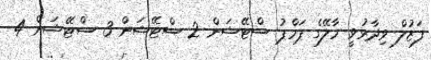
ފަޒުލް ވިދާޅުވީ މާލޭގެ ޕަމްޕު ސްޓޭޝަން 2 ސްޓޭޝަން 3 ސްޓޭޝަން 4